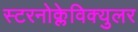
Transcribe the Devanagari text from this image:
स्टरनोक्लेविक्युलर